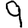
Digit: 9